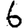
Digit: 6